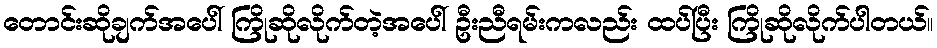
တောင်းဆိုချက်အပေါ် ကြိုဆိုလိုက်တဲ့အပေါ် ဦးညီရမ်းကလည်း ထပ်ပြီး ကြိုဆိုလိုက်ပါတယ်။